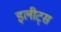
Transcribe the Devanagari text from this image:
इलीट्स